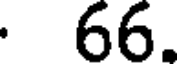
66.